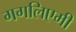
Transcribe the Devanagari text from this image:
गगलिएमी